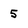
Character: 5